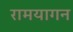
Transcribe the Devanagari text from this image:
रामयागन